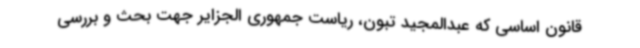
قانون اساسی که عبدالمجید تبون، ریاست جمهوری الجزایر جهت بحث و بررسی